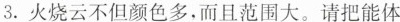
3.火烧云不但颜色多，而且范围大。请把能体